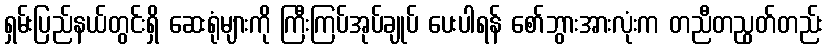
ရှမ်းပြည်နယ်တွင်းရှိ ဆေးရုံများကို ကြီးကြပ်အုပ်ချုပ် ပေးပါရန် စော်ဘွားအားလုံးက တညီတညွတ်တည်း